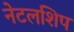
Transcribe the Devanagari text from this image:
नेटलशिप